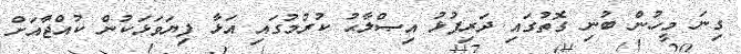
ގިނަ މީހުން ބުނި ގޮތުގައި ދަރިފުޅު އިޞްލާޙު ކުރުމުގައި އަޅާ ފިޔަވަޅަކުން ކުއްޖާއަށް